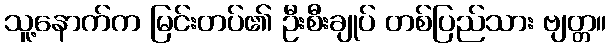
သူ့နောက်က မြင်းတပ်၏ ဦးစီးချုပ် တစ်ပြည်သား ဗျတ္တ။